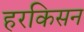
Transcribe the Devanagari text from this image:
हरकिसन